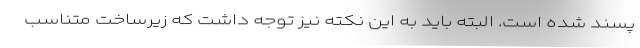
پسند شده است. البته باید به این نکته نیز توجه داشت که زیرساخت متناسب